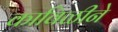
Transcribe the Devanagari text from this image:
काविळीने